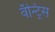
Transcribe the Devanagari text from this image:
वॅन्ट्रिस